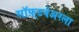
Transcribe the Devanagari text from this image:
सॉफ़्टवेअरला